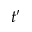
t ^ { \prime }